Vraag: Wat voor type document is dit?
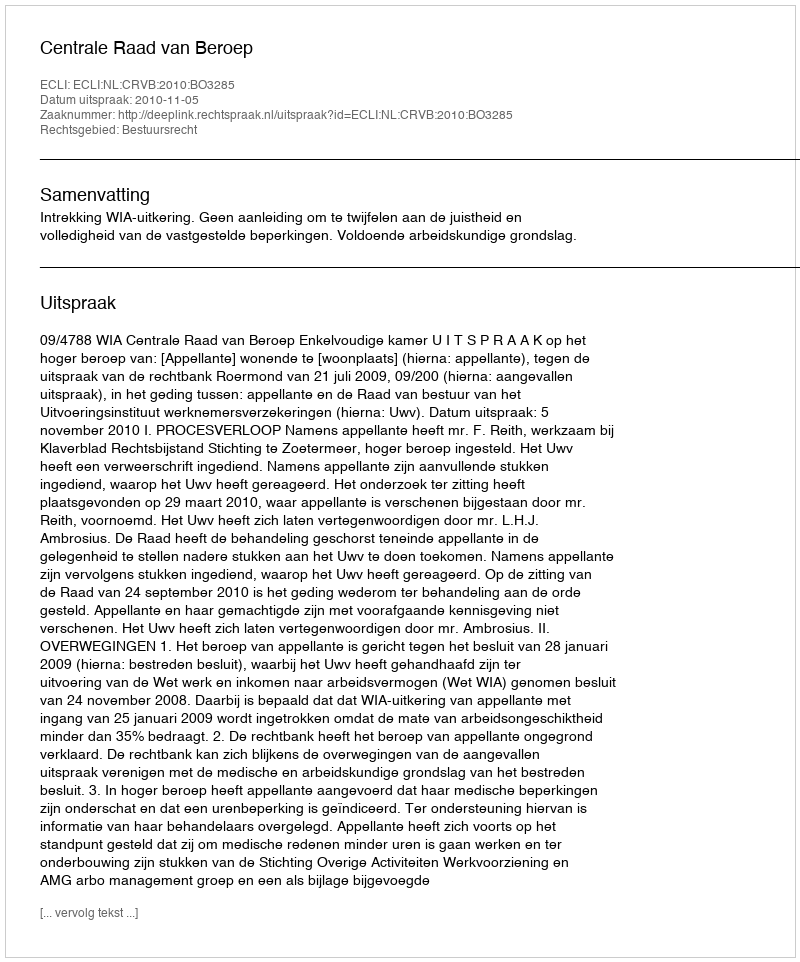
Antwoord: Uitspraak